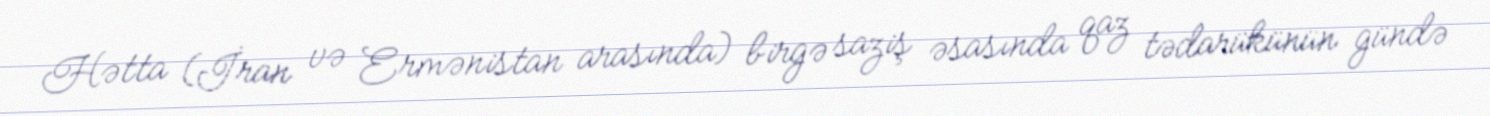
Hətta (İran və Ermənistan arasında) birgə saziş əsasında qaz tədarükünün gündə